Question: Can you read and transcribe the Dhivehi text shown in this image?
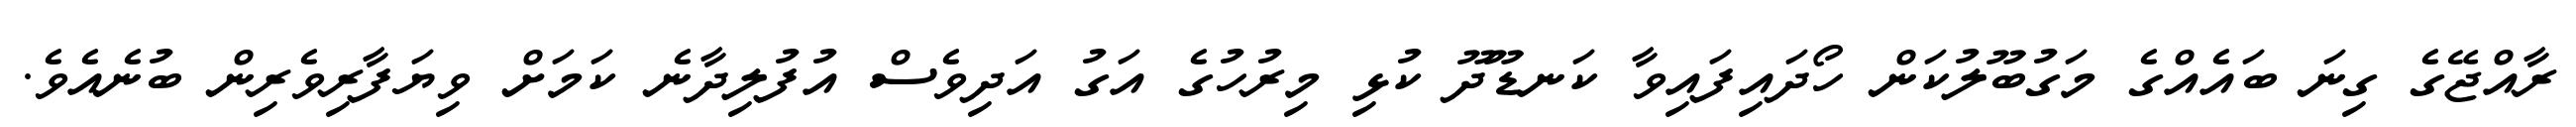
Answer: ރާއްޖޭގެ ގިނަ ބައެއްގެ މަގުބޫލުކަން ހޯދައިފައިވާ ކަނޑޫދޫ ކުޅި މިރުހުގެ އަގު އަދިވެސް އުފުލިދާނެ ކަމަށް ވިޔަފާރިވެރިން ބުނެއެވެ.